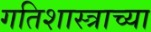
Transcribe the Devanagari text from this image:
गतिशास्त्राच्या